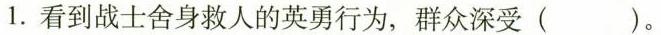
1.看到战士舍身救人的英勇行为，群众深受( )。